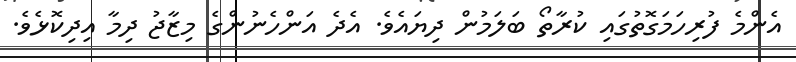
އެންމެ ފުރިހަމަގޮތުގައި ކުރާތޯ ބަލަމުން ދިޔައެވެ. އެދެ އަންހެނުންގެ މިޒާޖު ދިމާ އިދިކޮޅެވެ.